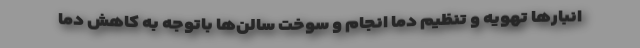
انبارها تهویه و تنظیم دما انجام و سوخت سالن‌ها باتوجه به کاهش دما